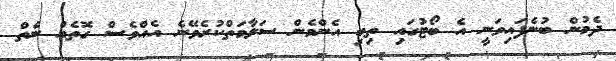
ދެމުން ބުނެފައިވަނީ އެ ބޯޓުގައި ތިބި އެންމެން ސަލާމަތްކުރެވޭނެ އެއްވެސް ގޮތެއް ނެތް